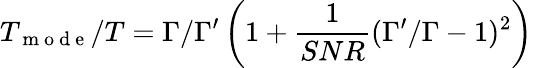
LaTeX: T_{\mathrm{~m~o~d~e~}}/T=\Gamma/\Gamma^{\prime}\left(1+\frac{1}{SNR}(\Gamma^{\prime}/\Gamma-1)^{2}\right)